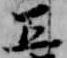
五